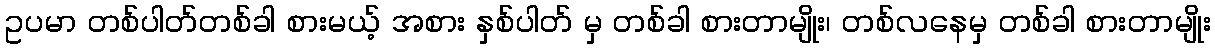
ဥပမာ တစ်ပါတ်တစ်ခါ စားမယ့် အစား နှစ်ပါတ် မှ တစ်ခါ စားတာမျိုး၊ တစ်လနေမှ တစ်ခါ စားတာမျိုး